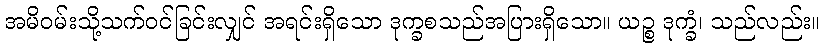
အမိဝမ်းသို့သက်ဝင်ခြင်းလျှင် အရင်းရှိသော ဒုက္ခစသည်အပြားရှိသော။ ယဉ္စ ဒုက္ခံ၊ သည်လည်း။